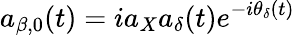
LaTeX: a_{\beta,0}(t)=ia_{X}a_{\delta}(t)e^{-i\theta_{\delta}(t)}